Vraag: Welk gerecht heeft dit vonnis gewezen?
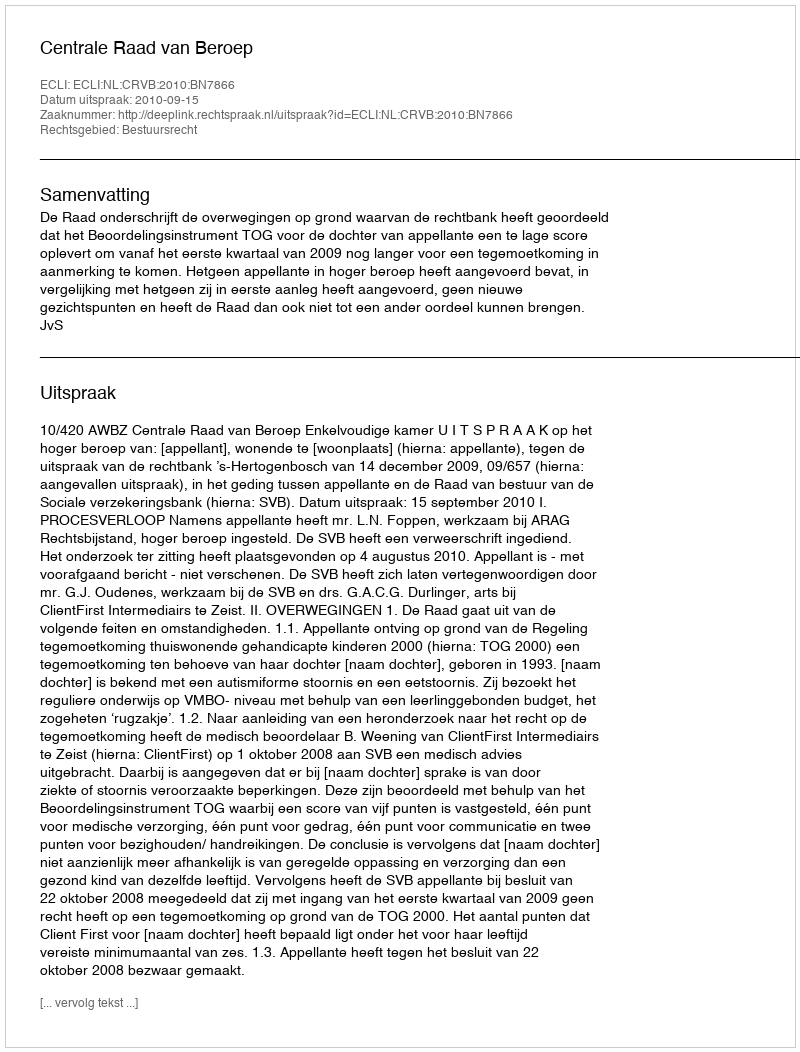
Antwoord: Centrale Raad van Beroep